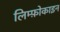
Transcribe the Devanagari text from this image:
लिम्फ़ोकाइन